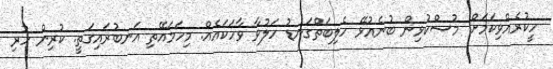
ހީކުރެއްވިކަމަށް. މުސްކުޅިން ބުނެއުޅޭ ހެލިބަތްގަނޑު ހަލުވާ ވާހަކައެއް. މިހަމައޭތި އަނބުރައިގަތީ. ކުރިން ހުރި